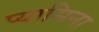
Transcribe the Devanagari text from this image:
प्यासिना